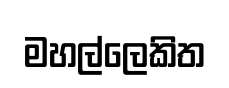
මහල්ලෙකිත